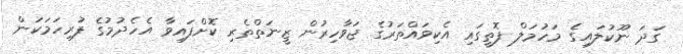
ގަދަ ނޫކުލައިގެ މަހުމަލް ފޮތީގައި އެކިވައްތަރުގެ ޖަވާހިރުން ޒީނަތްތެރި ކޮށްފައިވާ އެހެދުމުގެ ފުރިހަމަކަން